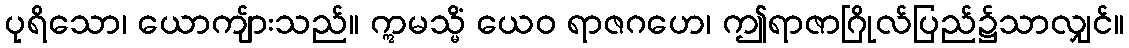
ပုရိသော၊ ယောကျ်ားသည်။ ဣမသ္မိံ ယေဝ ရာဇဂဟေ၊ ဤရာဇာဂြိုလ်ပြည်၌သာလျှင်။